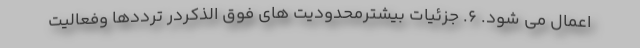
اعمال می شود. 6. جزئیات بیشترمحدودیت های فوق الذکردر ترددها وفعالیت